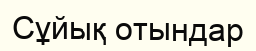
Сұйық отындар